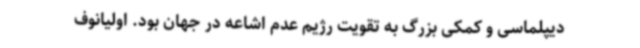
دیپلماسی و کمکی بزرگ به تقویت رژیم عدم اشاعه در جهان بود. اولیانوف